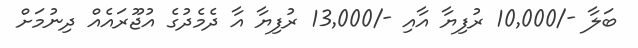
ބަލާ -/10